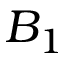
B _ { 1 }